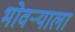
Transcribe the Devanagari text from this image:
भोवर्‍याला